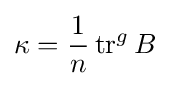
\kappa ={\frac {1}{n}}\operatorname {tr} ^{g}B